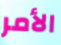
الأمر